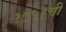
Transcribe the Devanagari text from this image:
१९५१ची